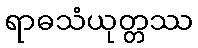
ရာဓသံယုတ္တဿ